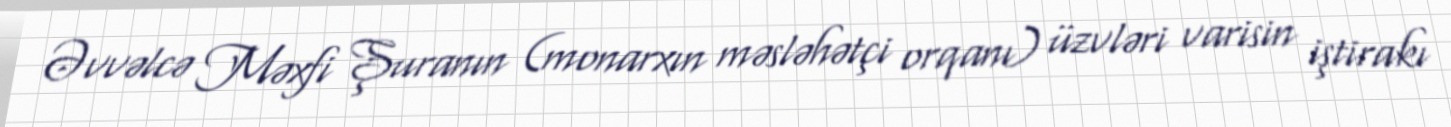
Əvvəlcə Məxfi Şuranın (monarxın məsləhətçi orqanı) üzvləri varisin iştirakı